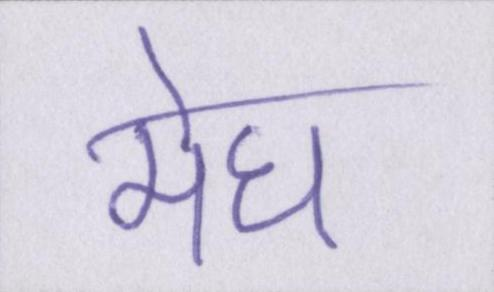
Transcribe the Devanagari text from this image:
मेघ